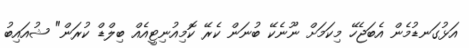
އަޅުގަނޑުމެން އެބަޖެހޭ މިކަމަށް ނޫނެކޭ ބުނަން ކެރޭ ކޮމިއުނިޓީއެއް ބިލްޑް ކުރަން" ޝުއައިބު